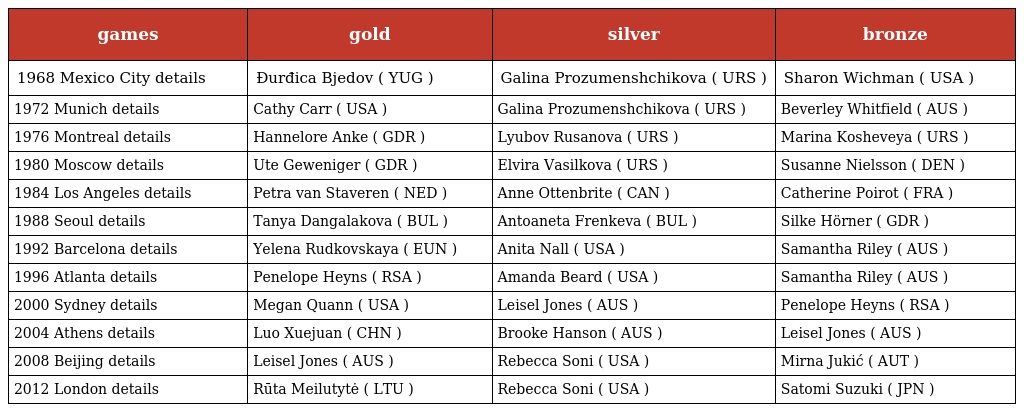
| games | gold | silver | bronze |
 | --- | --- | --- | --- |
 | 1968 Mexico City details | Đurđica Bjedov ( YUG ) | Galina Prozumenshchikova ( URS ) | Sharon Wichman ( USA ) |
 | 1972 Munich details | Cathy Carr ( USA ) | Galina Prozumenshchikova ( URS ) | Beverley Whitfield ( AUS ) |
 | 1976 Montreal details | Hannelore Anke ( GDR ) | Lyubov Rusanova ( URS ) | Marina Kosheveya ( URS ) |
 | 1980 Moscow details | Ute Geweniger ( GDR ) | Elvira Vasilkova ( URS ) | Susanne Nielsson ( DEN ) |
 | 1984 Los Angeles details | Petra van Staveren ( NED ) | Anne Ottenbrite ( CAN ) | Catherine Poirot ( FRA ) |
 | 1988 Seoul details | Tanya Dangalakova ( BUL ) | Antoaneta Frenkeva ( BUL ) | Silke Hörner ( GDR ) |
 | 1992 Barcelona details | Yelena Rudkovskaya ( EUN ) | Anita Nall ( USA ) | Samantha Riley ( AUS ) |
 | 1996 Atlanta details | Penelope Heyns ( RSA ) | Amanda Beard ( USA ) | Samantha Riley ( AUS ) |
 | 2000 Sydney details | Megan Quann ( USA ) | Leisel Jones ( AUS ) | Penelope Heyns ( RSA ) |
 | 2004 Athens details | Luo Xuejuan ( CHN ) | Brooke Hanson ( AUS ) | Leisel Jones ( AUS ) |
 | 2008 Beijing details | Leisel Jones ( AUS ) | Rebecca Soni ( USA ) | Mirna Jukić ( AUT ) |
 | 2012 London details | Rūta Meilutytė ( LTU ) | Rebecca Soni ( USA ) | Satomi Suzuki ( JPN ) |